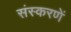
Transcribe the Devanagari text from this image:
संस्करणें